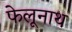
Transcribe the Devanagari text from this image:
फेलूनाथ